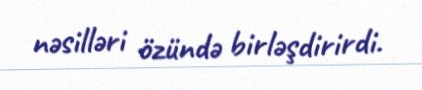
nəsilləri özündə birləşdirirdi.